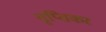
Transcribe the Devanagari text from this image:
तृप्तिकर